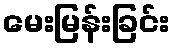
မေးမြန်းခြင်း